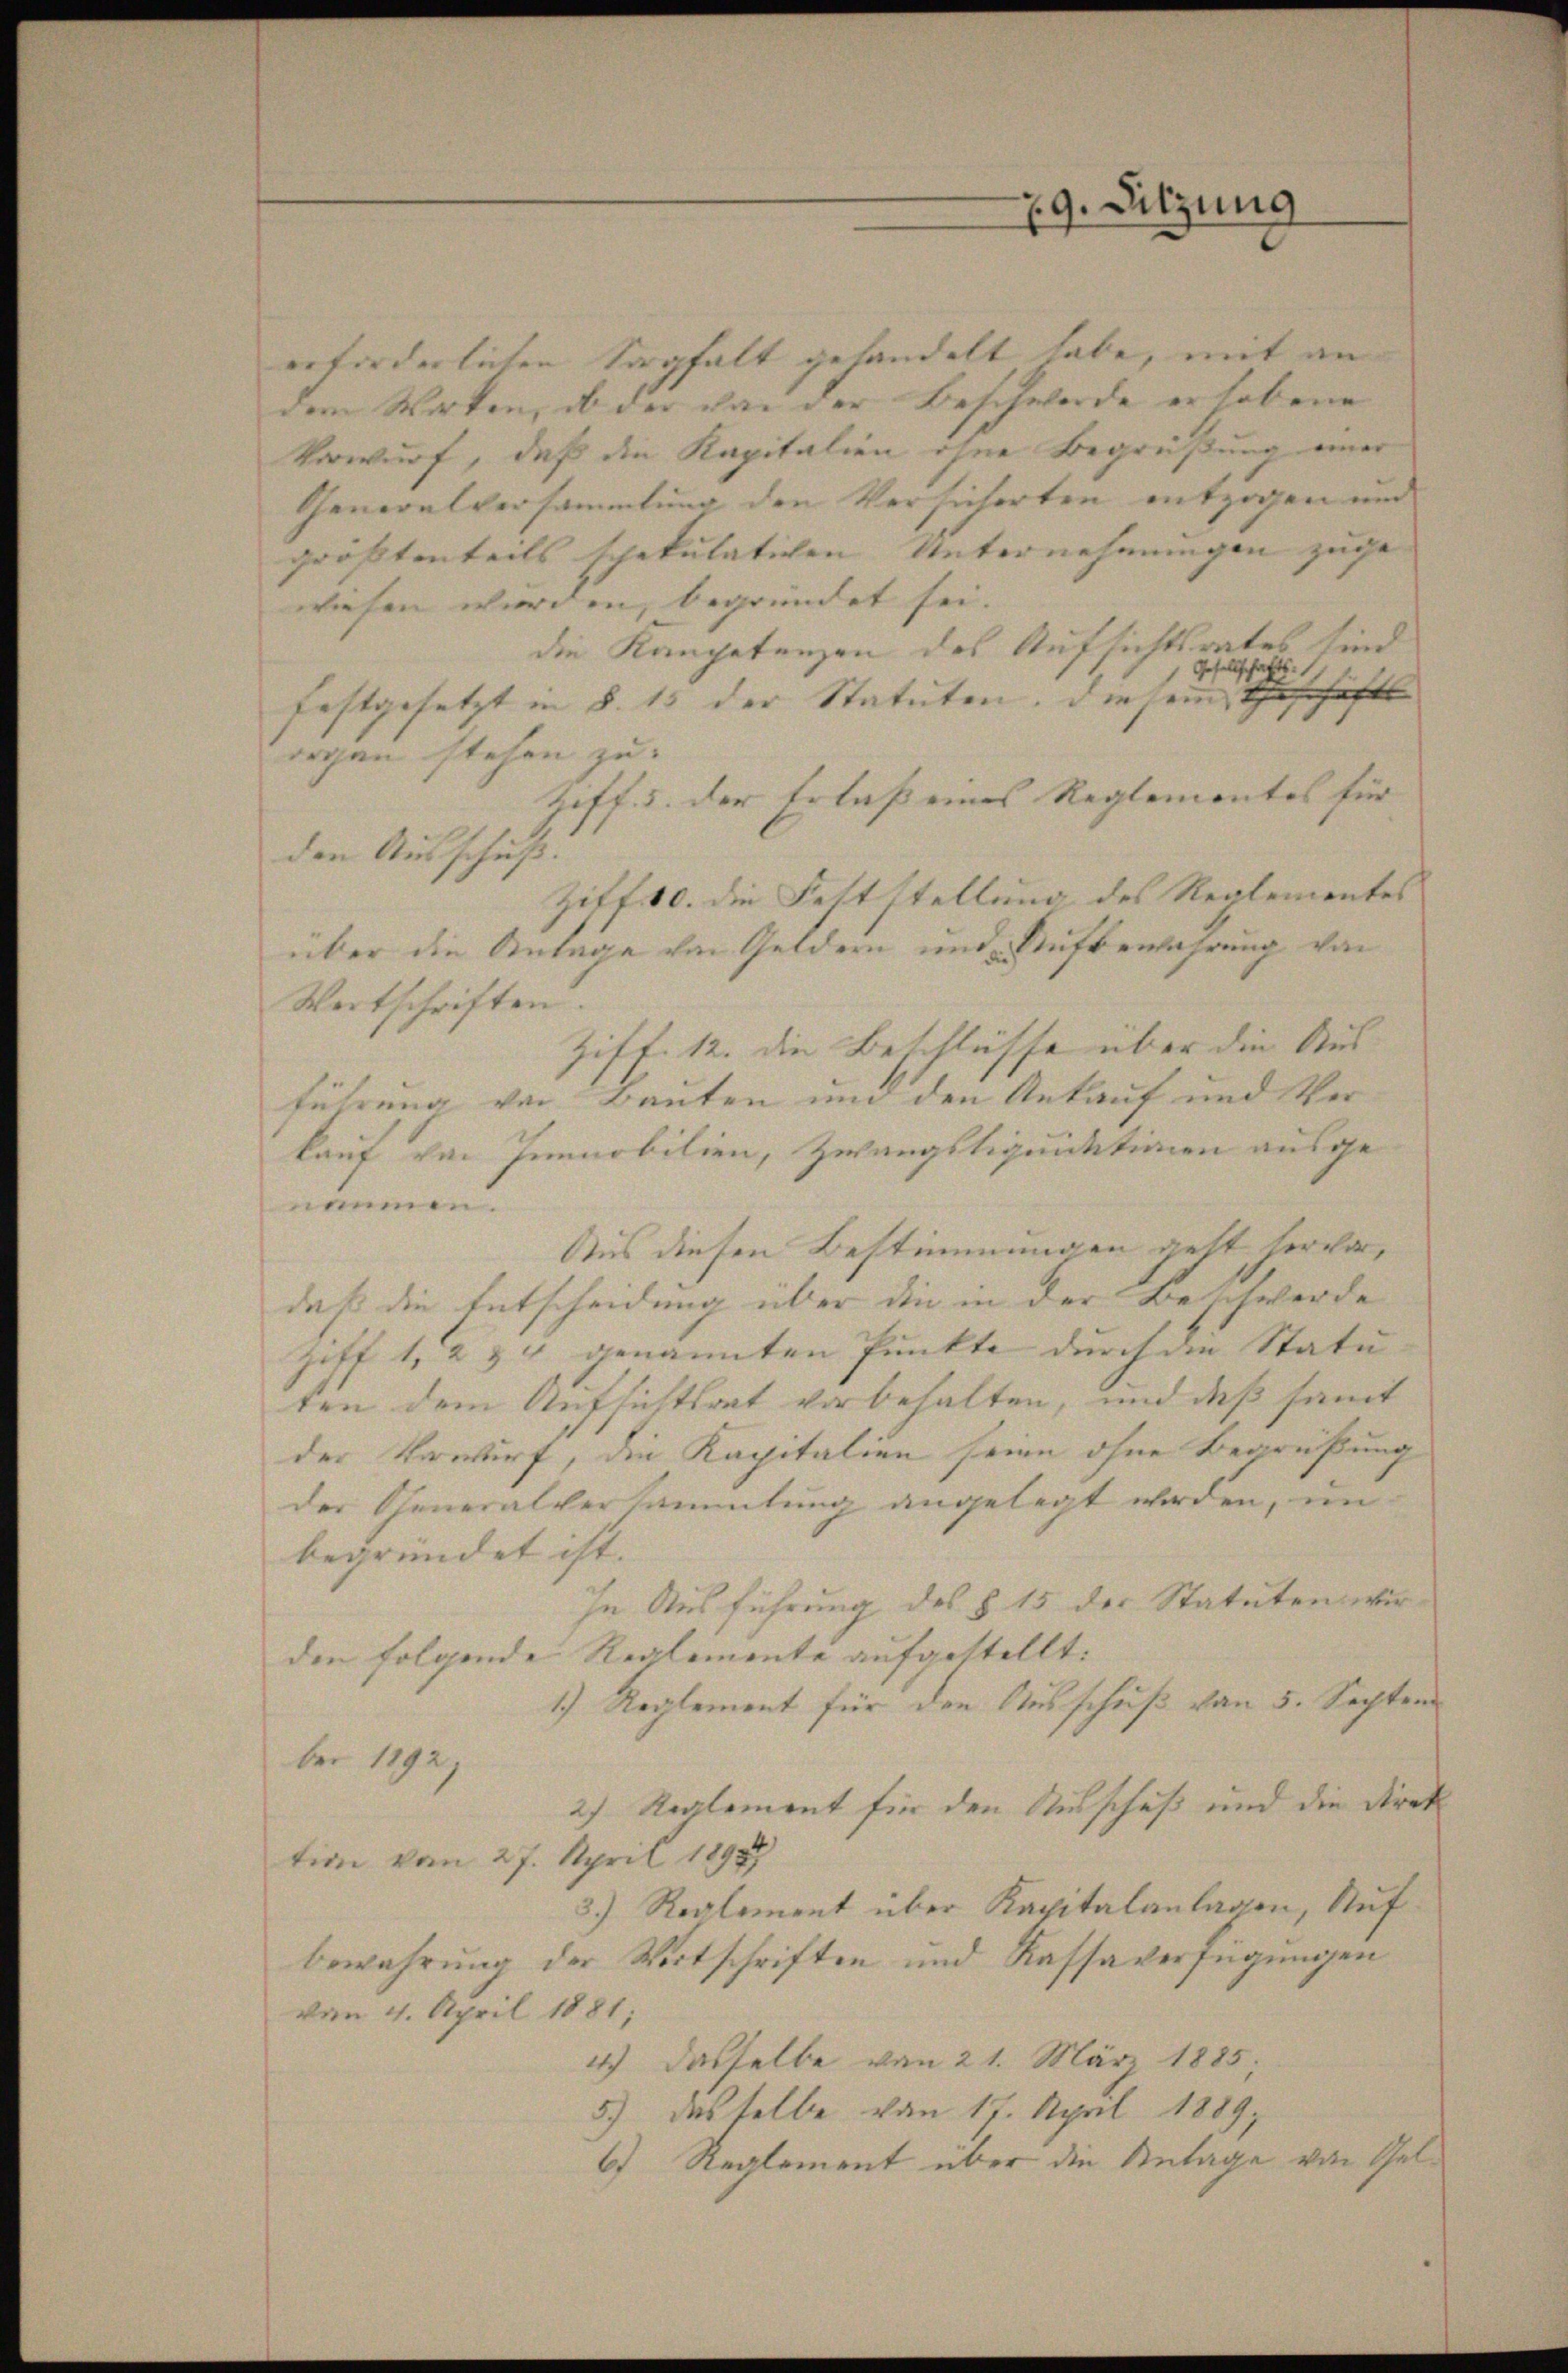
9. Sitzung

erforderlichen Sorgfalt gehandelt habe, mit an
dem Worten, ob der von der Beschwerde er habene
Vorwurf, daß die Kapitalien ohne Begrüßung einer
Generalversammlung den Versicherten entzogen und
größtenteils schekulativen Unternehmungen zuge
wiesen wurden, begründet sei.
die Kompetenzen des Aufsichtsrates sind
Gesellschafts-
festgesetzt in §. 15 der Statuten. Diesem Geschäfts
orgen stehen zu
Ziff. 3. der Erlaß eines Reglementes für |
den Ausschuß:
Ziff. 10. die Fettstellung des Reglementes
über die Anlage von Geldern und Aufbewahrung von
Wertschriften.
Ziff. 12. die Beschlüsse über die Aus-
führung von Bauten und den Ankauf und Ver-
kauf von Tenobilien, Zwangstiquidationen ausgenäumen.
Aus diesen Bestimmungen geht hervor,
daß die Entscheidung über die in der Beschwerde
Hoff 1, 2 & 4 genannten Punkte durch die Statu- |
ten dem Aufsichtsrat vorbehalten, und daß samt
der Vorwurf, die Kapitalien seine ohne Begrüßung
der Generalversammlung angelegt werden, im
begründet ist. |
In Ausführung des § 15 der Statuten wir
den folgende Reglemente aufgestellt:
1.) Reglement für den Ausschuß von 5. Septem
ber 1892)
2) Reglement für den Ausschuß und die Direk
tion vom 27. April 1892
3.) Reglement über Kapitalanlagen, Auf
bewahrung der Witschriften und Kassaverfügungen
vom 4. April 1881;
4) dasselbe von 21. März 1885.
5.) dasselbe von 17. April 1889
6) Reglement über die Antage von Gel¬